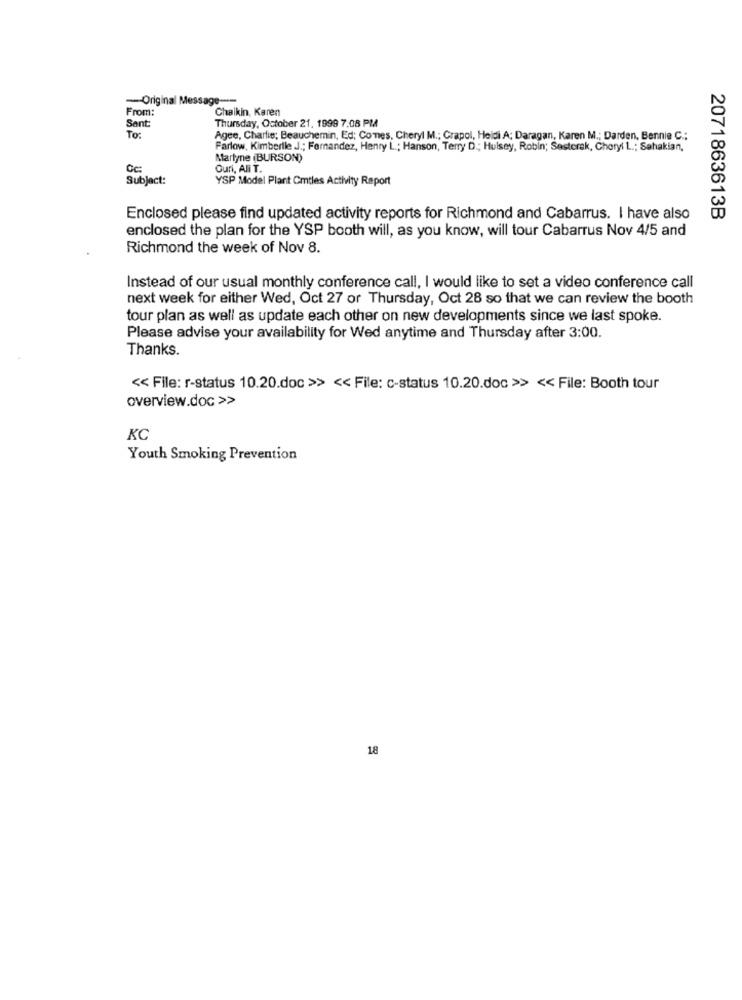
--- Original Message --
From:
Chaikin, Karen
Sant:
Thursday, October 21, 1999 7.08 PM
To:
Agee, Charlie; Beauchemin, Ed; Comes, Cheryl M .; Grapol, Heidi A; Daragan, Karen M .; Darden, Bennie C .:
Parlow, Kimberlle J .; Fernandez, Henry L .; Hanson, Terry D .; Hulsey, Robin; Sesterak, Cheryl L .; Sahakian,
Martyne (BURSON)
Cc:
Guri, Ali T.
Subject:
YSP Model Plant Cmtles Activity Report
2071863613B
Enclosed please find updated activity reports for Richmond and Cabarrus. I have also
enclosed the plan for the YSP booth will, as you know, will tour Cabarrus Nov 4/5 and
Richmond the week of Nov 8.
Instead of our usual monthly conference call, I would like to set a video conference call
next week for either Wed, Oct 27 or Thursday, Oct 28 so that we can review the booth
tour plan as well as update each other on new developments since we last spoke.
Please advise your availability for Wed anytime and Thursday after 3:00.
Thanks.
<< File: r-status 10.20.doc >> << File: c-status 10.20.doc >> << File: Booth tour
overview.doc >>
KC
Youth Smoking Prevention
18